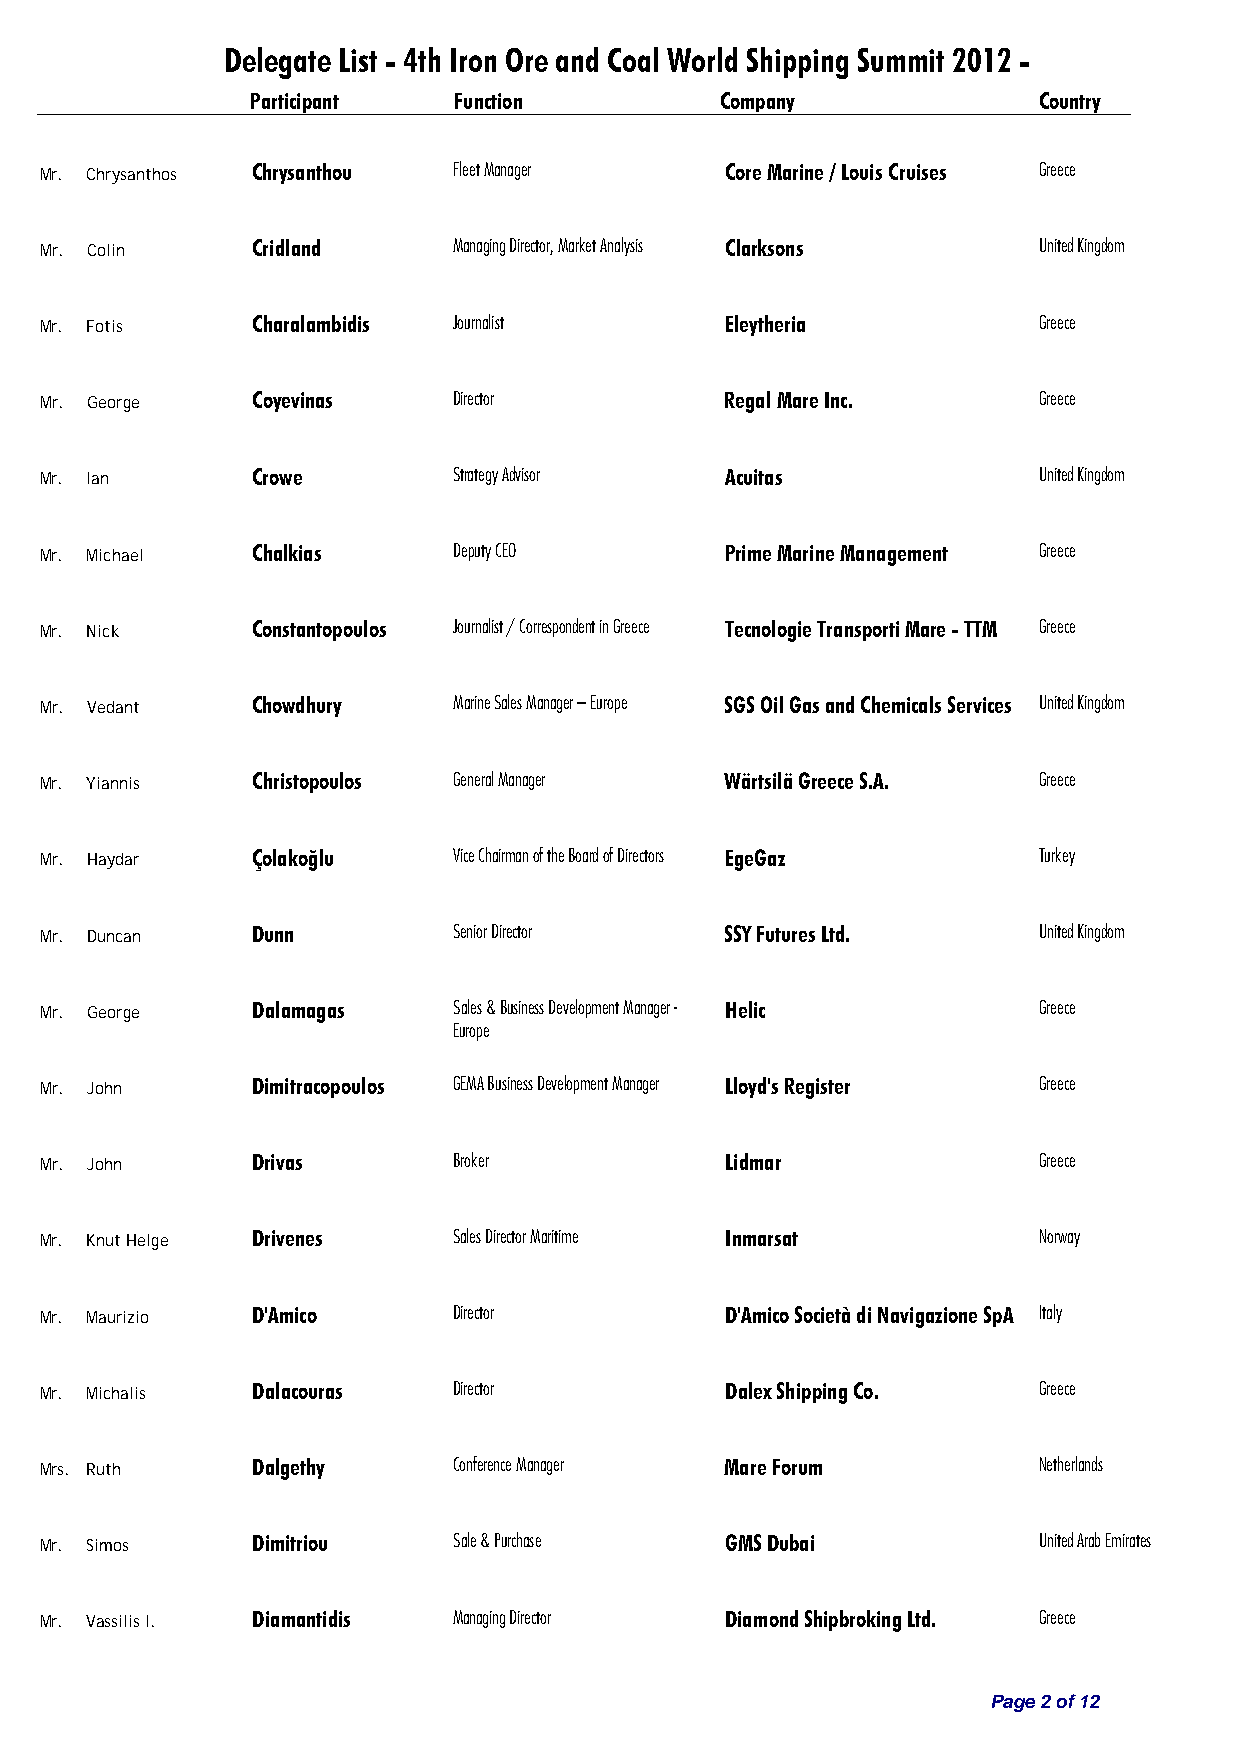
Delegate List - 4th Iron Ore and Coal World Shipping Summit 2012 -
 Participant  Function          Company              Country
 Mr. Chrysanthos Chrysanthou Fleet Manager    Core Marine / Louis Cruises Greece
 Mr. Colin     Cridland     Managing Director, Market Analysis Clarksons United Kingdom
 Mr. Fotis     Charalambidis Journalist       Eleytheria           Greece
 Mr. George    Coyevinas    Director          Regal Mare Inc.      Greece
 Mr. Ian       Crowe        Strategy Advisor  Acuitas              United Kingdom
 Mr. Michael   Chalkias     Deputy CEO        Prime Marine Management Greece
 Mr. Nick      Constantopoulos Journalist / Correspondent in Greece Tecnologie Transporti Mare - TTM Greece
 Mr. Vedant    Chowdhury    Marine Sales Manager – Europe SGS Oil Gas and Chemicals Services United Kingdom
 Mr. Yiannis   Christopoulos General Manager  Wärtsilä Greece S.A. Greece
 Mr. Haydar    Çolakoğlu    Vice Chairman of the Board of Directors EgeGaz Turkey
 Mr. Duncan    Dunn         Senior Director   SSY Futures Ltd.     United Kingdom
 Mr. George    Dalamagas    Sales & Business Development Manager - Helic Greece
 Europe
 Mr. John      Dimitracopoulos GEMA Business Development Manager Lloyd's Register Greece
 Mr. John      Drivas       Broker            Lidmar               Greece
 Mr. Knut Helge Drivenes    Sales Director Maritime Inmarsat       Norway
 Mr. Maurizio  D'Amico      Director          D'Amico Società di Navigazione SpA Italy
 Mr. Michalis  Dalacouras   Director          Dalex Shipping Co.   Greece
 Mrs. Ruth     Dalgethy     Conference Manager Mare Forum          Netherlands
 Mr. Simos     Dimitriou    Sale & Purchase   GMS Dubai            United Arab Emirates
 Mr. Vassilis I. Diamantidis Managing Director Diamond Shipbroking Ltd. Greece
 Page 2 of 12